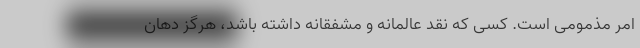
امر مذمومی است. کسی که نقد عالمانه و مشفقانه داشته باشد، هرگز دهان